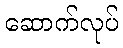
ဆောက်လုပ်